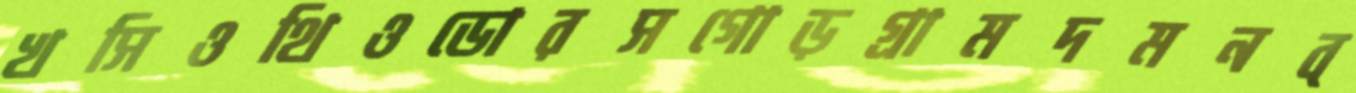
খসিওথিওডোরসগোড়গ্রামদমনব্